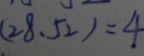
( 2 8 、 5 2 ) = 4